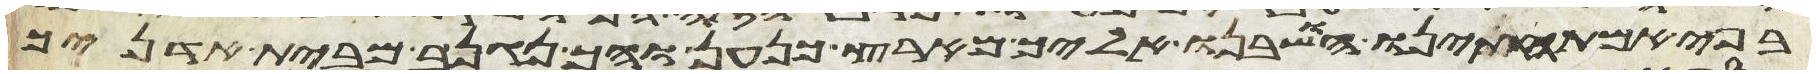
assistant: בפי אמתחתינו הושבנו אליך מארץ כנען ואיך נגנב מבית אדניך